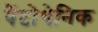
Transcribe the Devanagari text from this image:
पैंटोथेनिक